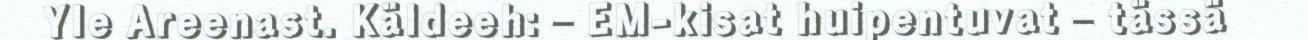
Yle Areenast. Käldeeh: – EM-kisat huipentuvat – tässä